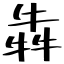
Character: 犇